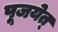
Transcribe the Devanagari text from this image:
पूजयेत्